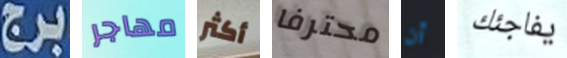
برج مهاجر أكثر محترفا أن يفاجئك